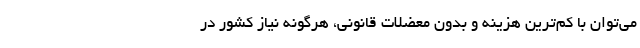
می‌توان با کم‌ترین هزینه و بدون معضلات قانونی، هرگونه نیاز کشور در